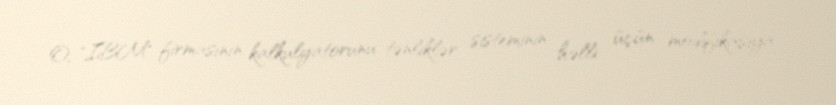
O, "IBM" firmasının kalkulyatorunu tənliklər sisteminin həlli üçün modifikasiya